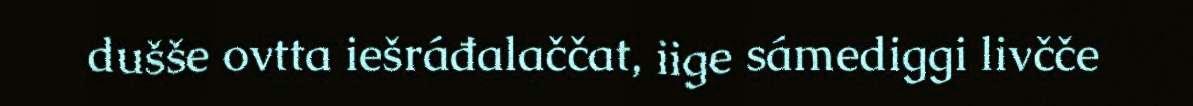
dušše ovtta iešráđalaččat, iige sámediggi livčče